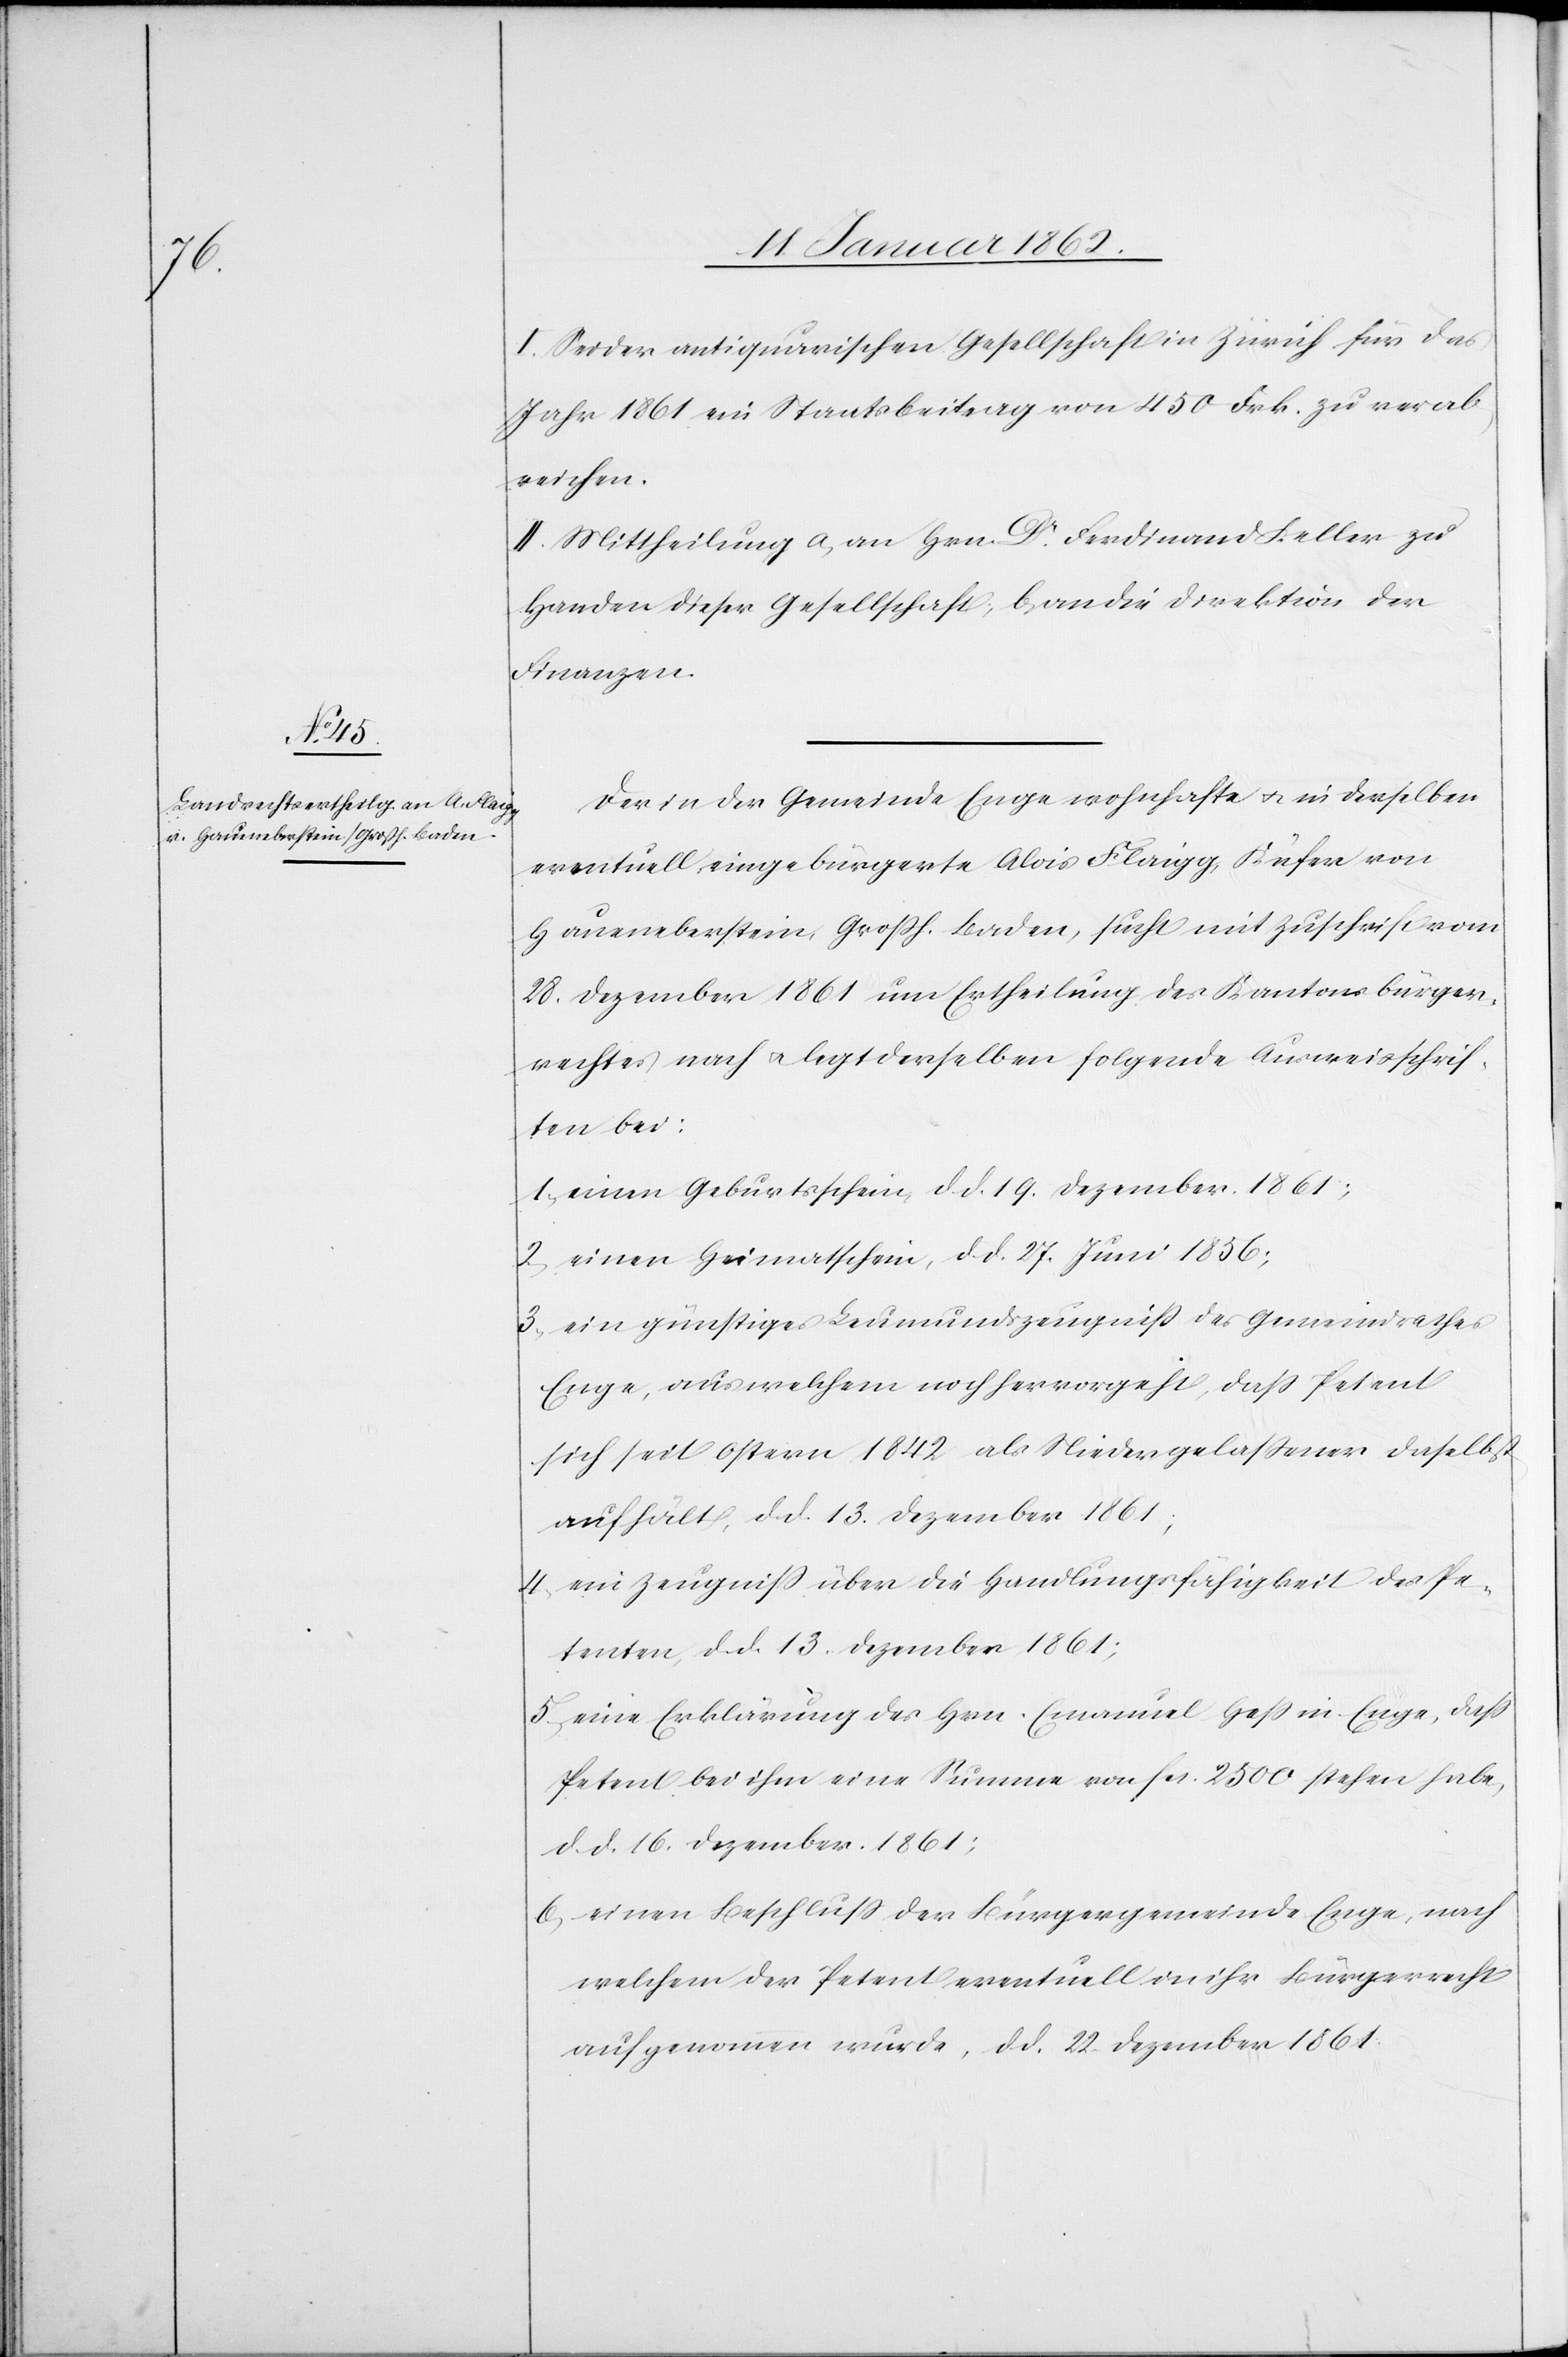
I Sei der antiquarischen Gesellschaft in Zürich für das
Jahr 1861 ein Staatsbeitrag von 450. Frk. zu verab¬
reichen.
II. Mittheilung a, an Hrn Dr. Ferdinand Keller zu
Handen dieser Gesellschaft; b, an die Direktion der
Finanzen.
Der in der Gemeinde Enge wohnhafte u. in derselben
eventuell eingebürgerte Alois Flaigg, Küfer von
Haueneberstein, Großh. Baden, sucht mit Zuschrift vom
28. Dezember 1861 um Ertheilung des Kantonsbürger¬
rechtes nach u. legt derselben folgende Ausweisschrif¬
ten bei:
1. einen Geburtsschein, d. d. 19. Dezember 1861;
2. einen Heimatschein, d. d. 27. Juni 1856;
3. ein günstiges Leumundszeugniß des Gemeindrathes
Enge, aus welchem noch hervorgeht, daß Petent
sich seit Ostern 1842 als Niedergelaßener daselbst
aufhält, d. d. 13. Dezember 1861;
4. ein Zeugniß über die Handlungsfähigkeit des Pe¬
tenten, d. d. 13. Dezember 1861;
5. eine Erklärung des Hrn. Emanuel Heß in Enge, daß
Petent bei ihm eine Summe von fcs. 2500 stehen habe,
d. d. 16. Dezember 1861;
6. einen Beschluß der Bürgergemeinde Enge, nach
welchem der Petent eventuell in ihr Bürgerrecht
aufgenommen wurde, d. d. 22. Dezember 1861